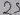
Text: 25